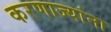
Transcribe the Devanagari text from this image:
करणाज्यांना